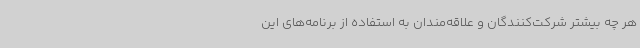
هر چه بیشتر شرکت‌کنندگان و علاقه‌مندان به استفاده از برنامه‌های این